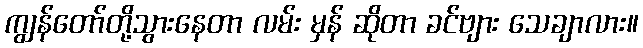
ကျွန်တော်တို့သွားနေတာ လမ်း မှန် ဆိုတာ ခင်ဗျား သေချာလား။